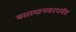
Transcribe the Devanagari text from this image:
बसस्थानकापर्यंत